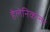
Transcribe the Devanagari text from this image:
हेलेनिकोत्तर